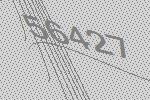
56427